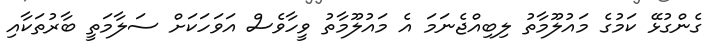
ގެންގުޅޭ ކަމުގެ މައުލޫމާތު ލިބިއްޖެނަމަ އެ މައުލޫމާތު ވީހާވެސް އަވަހަކަށް ސަލާމަތީ ބާރުތަކާއި